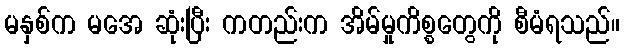
မနှစ်က မအေ ဆုံးပြီး ကတည်းက အိမ်မှုကိစ္စတွေကို စီမံရသည်။